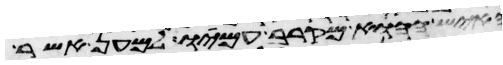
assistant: האיש ההוא מקרב עמיו למען אשר